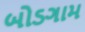
બોડગામ